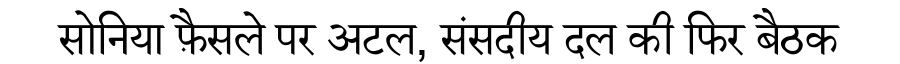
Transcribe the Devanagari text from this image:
सोनिया फ़ैसले पर अटल, संसदीय दल की फिर बैठक